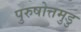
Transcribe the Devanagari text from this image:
पुरुषोत्तमुडु